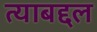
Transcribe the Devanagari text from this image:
त्‍याबद्दल